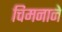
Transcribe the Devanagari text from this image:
चिमनाने